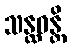
သန္ထဝန္တိ